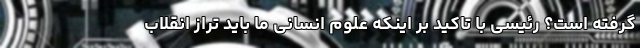
گرفته است؟ رئیسی با تاکید بر اینکه علوم انسانی ما باید تراز انقلاب